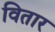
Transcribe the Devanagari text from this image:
वितार